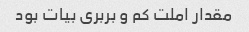
مقدار املت کم و بربرى بیات بود